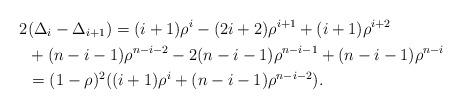
LaTeX: \begin{align*} 2&(\Delta_{i} - \Delta_{i+1})= (i+1)\rho^i - (2i+2)\rho^{i+1}+(i+1)\rho^{i+2} \\ & +(n-i-1)\rho^{n-i-2} - 2(n-i-1)\rho^{n-i-1} + (n-i-1)\rho^{n-i}\\&= (1-\rho)^2((i+1)\rho^i + (n-i-1)\rho^{n-i-2}). \end{align*}